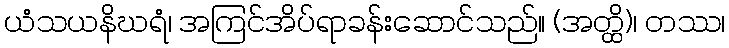
ယံသယနိဃရံ၊ အကြင်အိပ်ရာခန်းဆောင်သည်။ (အတ္ထိ)၊ တဿ၊